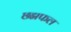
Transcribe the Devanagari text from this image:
छद्मफल